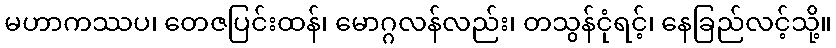
မဟာကဿပ၊ တေဇပြင်းထန်၊ မောဂ္ဂလန်လည်း၊ တသွန်ငုံရင့်၊ နေခြည်လင့်သို့။